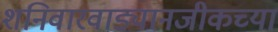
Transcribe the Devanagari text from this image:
शनिवारवाड्यानजीकच्या